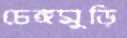
চেঙ্গমুড়ি